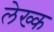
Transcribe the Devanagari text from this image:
लेख्क